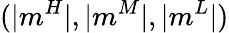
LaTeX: (|m^{H}|,|m^{M}|,|m^{L}|)